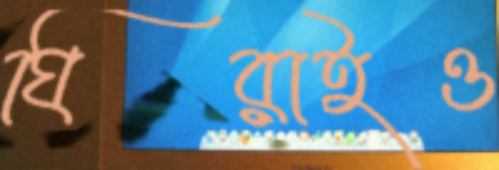
ঘিরাইও